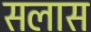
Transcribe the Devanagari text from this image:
सलास